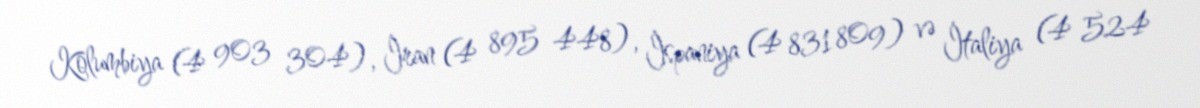
Kolumbiya (4 903 304), İran (4 895 448), İspaniya (4 831 809) və İtaliya (4 524